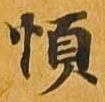
順